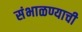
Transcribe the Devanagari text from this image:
संभाळण्याची